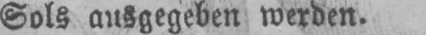
Sols ausgegeben werden.